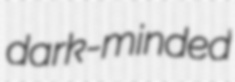
dark-minded